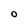
Character: O